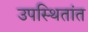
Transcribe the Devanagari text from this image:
उपस्थितांत